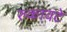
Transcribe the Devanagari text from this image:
रुकावटे